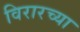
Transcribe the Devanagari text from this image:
विरारच्या